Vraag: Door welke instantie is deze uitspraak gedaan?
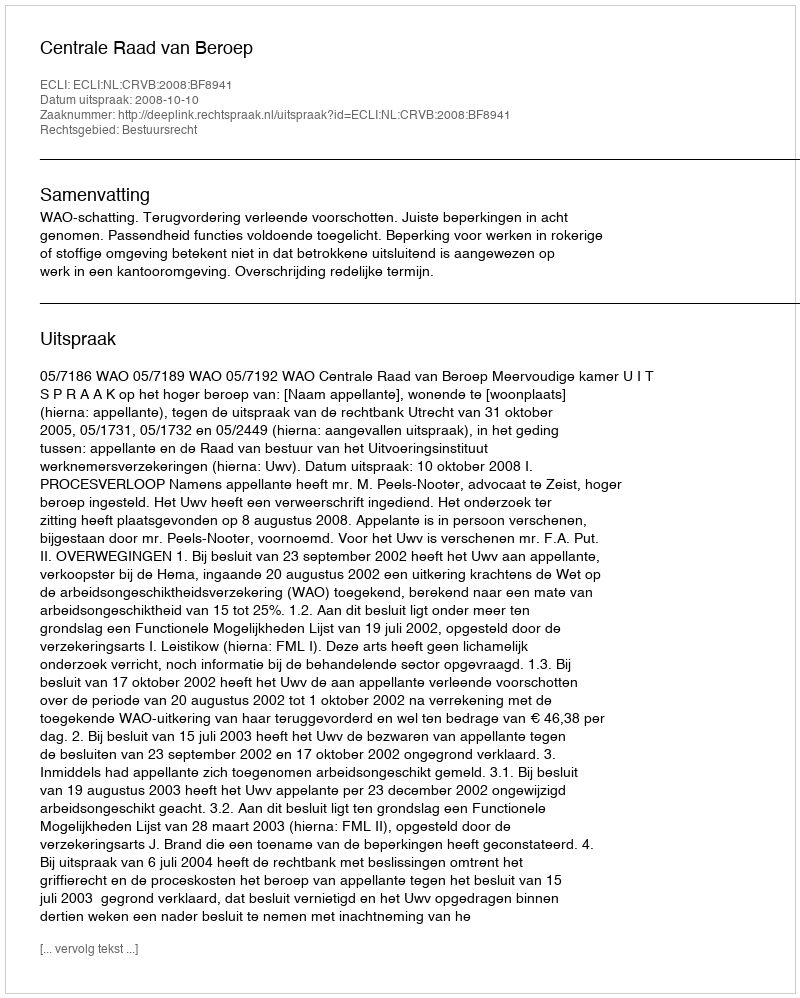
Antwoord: Centrale Raad van Beroep